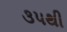
૩૫થી